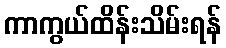
ကာကွယ်ထိန်းသိမ်းရန်